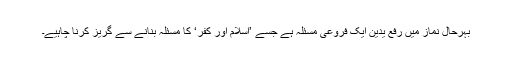
بہرحال نماز میں رفع یدین ایک فروعی مسئلہ ہے جسے ’اسلام اور کفر‘ کا مسئلہ بنانے سے گریز کرنا چاہیے۔